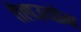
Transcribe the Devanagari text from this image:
तेलउद्योग